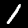
Label: 1